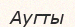
Аугты